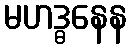
မဟဒ္ဓနေန